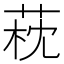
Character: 萙